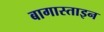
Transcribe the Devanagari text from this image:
बागास्ताइन